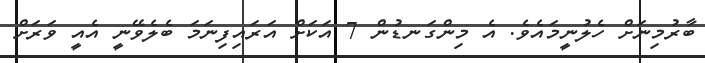
ބާރުމިނަށް ހެލުނީމައެވެ. އެ މިންގަނޑުން 7 އަކަށް އަރައިފިނަމަ ބެލެވޭނީ އެއީ ވަރަށް